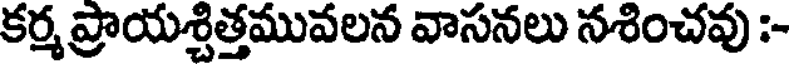
కర్మ ప్రాయశ్చిత్తమువలన వాసనలు నశించవు :-